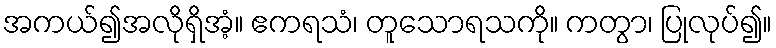
အကယ်၍အလိုရှိအံ့။ ဧကရသံ၊ တူသောရသကို။ ကတွာ၊ ပြုလုပ်၍။